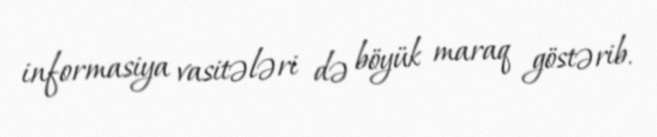
informasiya vasitələri də böyük maraq göstərib.